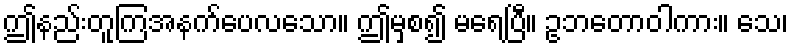
ဤနည်းတူကြအနက်ပေလသော။ ဤမှစ၍ မရေပြီ။ ဥဘတောဝါကား။ သေ၊